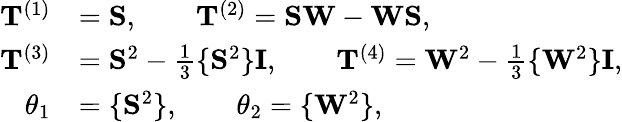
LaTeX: \begin{array}{rl}{\mathbf{T}^{(1)}}&{=\mathbf{S},\qquad\mathbf{T}^{(2)}=\mathbf{SW}-\mathbf{WS},}\\ {\mathbf{T}^{(3)}}&{=\mathbf{S}^{2}-\frac{1}{3}\{ \mathbf{S}^{2}\} \mathbf{I},\qquad\mathbf{T}^{(4)}=\mathbf{W}^{2}-\frac{1}{3}\{ \mathbf{W}^{2}\} \mathbf{I},}\\ {\theta_{1}}&{=\{ \mathbf{S}^{2}\} ,\qquad\theta_{2}=\{ \mathbf{W}^{2}\} \mathrm{,}}\end{array}